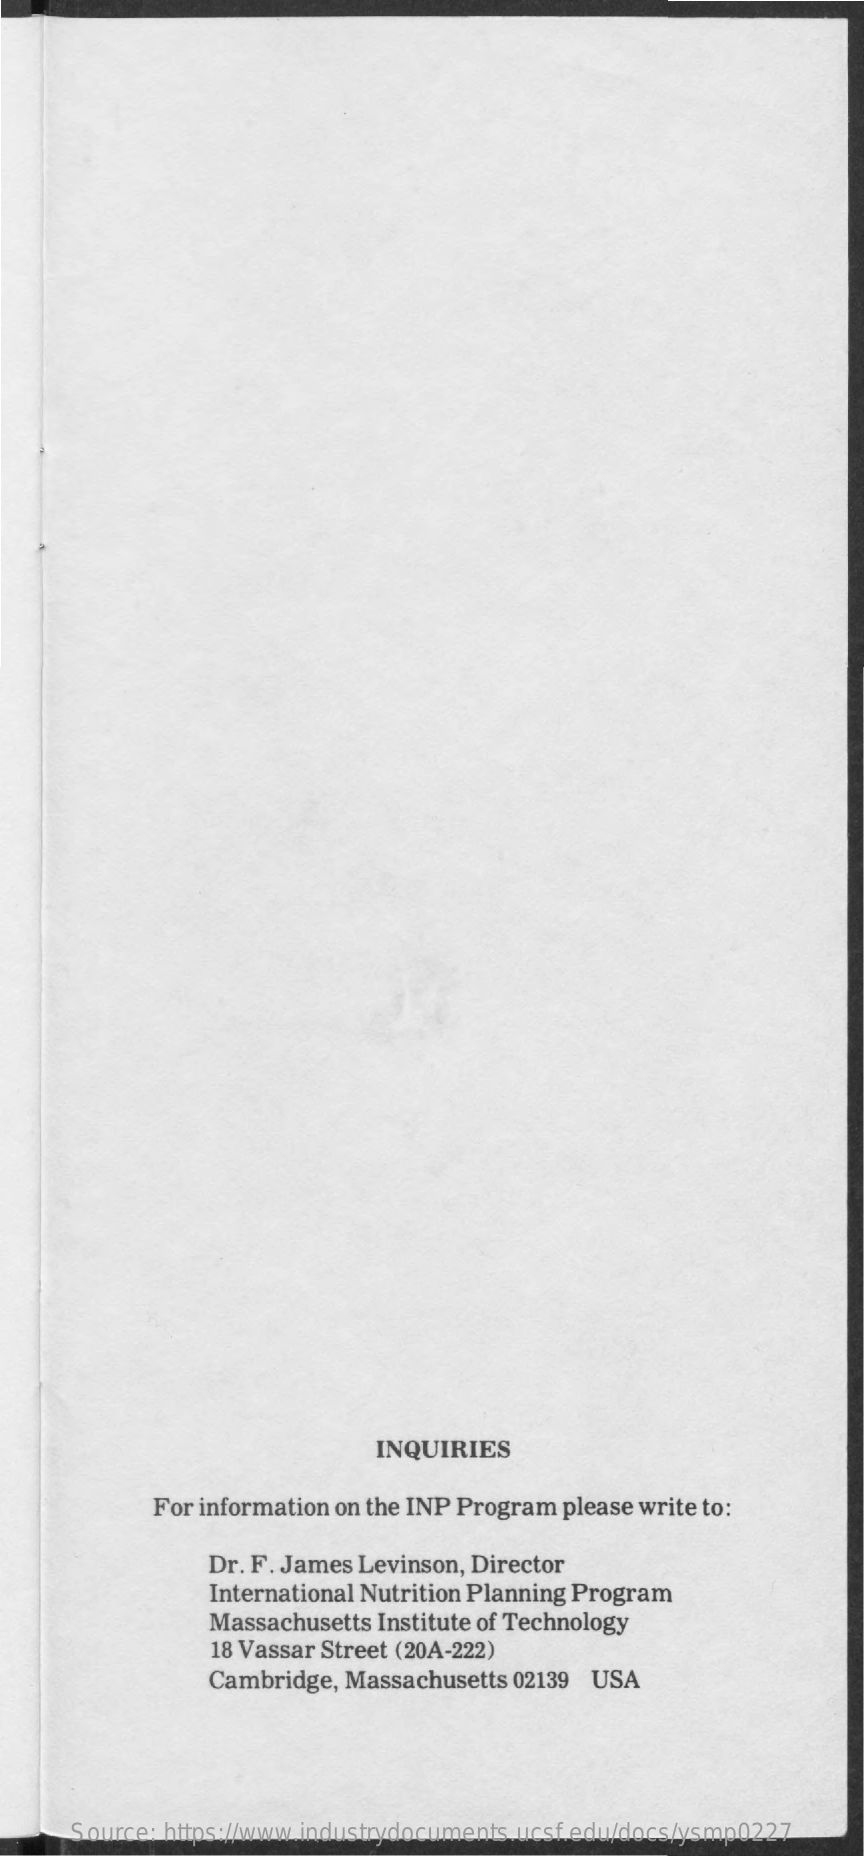
INQUIRIES
     For information on the INP Program please write to:
     Dr. F. James Levinson, Director
     International Nutrition Planning Program
     Massachusetts Institute of Technology
     18 Vassar Street (20A-222)
     Cambridge, Massachusetts 02139 USA
     Source: https://www.industrydocuments.ucsf.edu/docs/ysmp0227